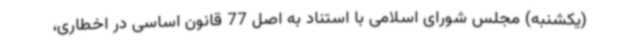
(یکشنبه) مجلس شورای اسلامی با استناد به اصل 77 قانون اساسی در اخطاری،